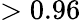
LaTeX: >0.96